Leaving Certificate Examination (including Day School Certificate (Higher) General paper), 1938
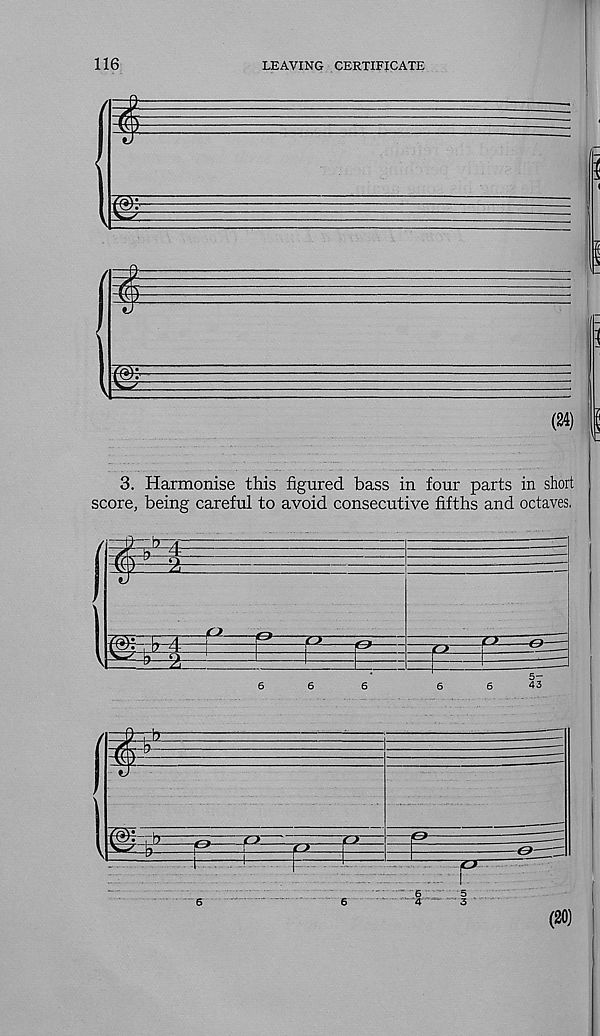
116
LEAVING CERTIFICATE
3. Harmonise this figured bass in four parts in short
score, being careful to avoid consecutive fifths and octaves,
6
6
(20)